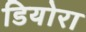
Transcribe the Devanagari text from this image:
डियोरा